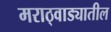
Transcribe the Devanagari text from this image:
मराठ्वाड्यातील